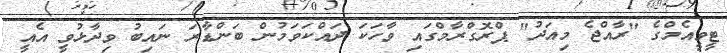
ޓީވީއެމްގެ "ރާއްޖެ މިއަދު" ޕްރޮގްރާމްގައި ވާހަކަ ދައްކަވަމުން ބަންޑާރަ ނައިބު ވިދާޅުވީ އެއީ